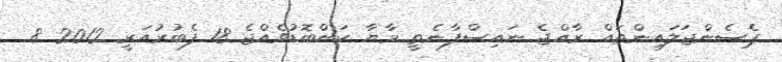
ޕެސެންޖަލައިންތައް ރާއްޖެ ނައިސްފާނެތީ މާޔާ ކަންބޮޑުވެއްޖެ 18 ފެބުރުއަރީ 2012 8